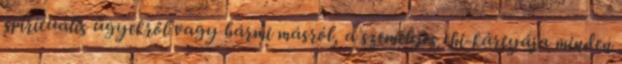
spirituális ügyekről vagy bármi másról, a személyes chi-kártyája minden